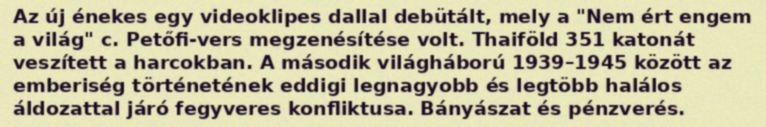
Az új énekes egy videoklipes dallal debütált, mely a "Nem ért engem a világ" c. Petőfi-vers megzenésítése volt. Thaiföld 351 katonát veszített a harcokban. A második világháború 1939–1945 között az emberiség történetének eddigi legnagyobb és legtöbb halálos áldozattal járó fegyveres konfliktusa. Bányászat és pénzverés.